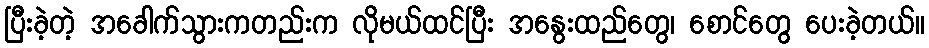
ပြီးခဲ့တဲ့ အခေါက်သွားကတည်းက လိုမယ်ထင်ပြီး အနွေးထည်တွေ၊ စောင်တွေ ပေးခဲ့တယ်။